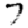
Digit: 7